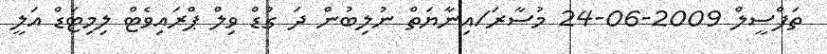
ތަފްސީލް 2009-06-24 މުސާރަ/އިނާޔަތް ނުލިބުން ދަ ގުޑް ވިލް ޕްރައިވެޓް ލިމިޓަޑް އަލީ